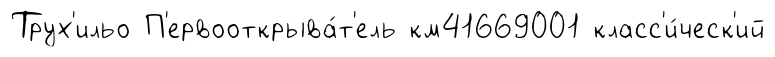
Трух'ильо П'ервооткрыва́т'ель км41669001 класс'и́ческ'ий